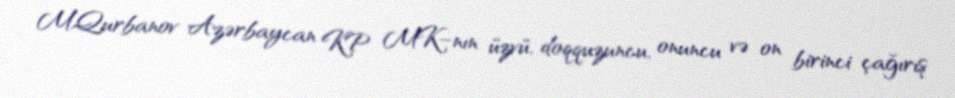
M.Qurbanov Azərbaycan KP MK–nın üzvü, doqquzuncu, onuncu və on birinci çağırış